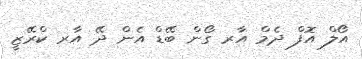
އޯލް އޮފް ދެމް އާރ ގޯން ބޭޑް އެން ދޭ އާރ ކްރޭޒީ